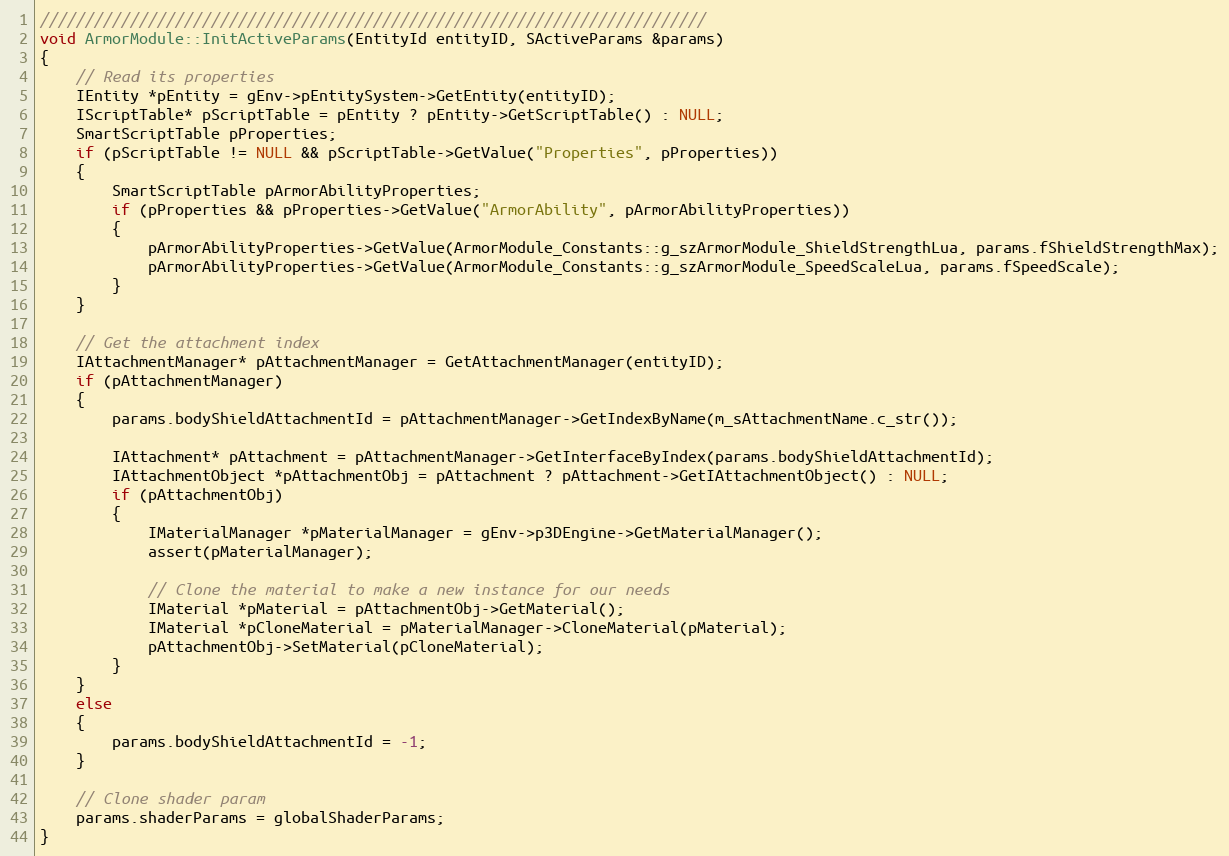
Language: C++
//////////////////////////////////////////////////////////////////////////
void ArmorModule::InitActiveParams(EntityId entityID, SActiveParams &params)
{
	// Read its properties
	IEntity *pEntity = gEnv->pEntitySystem->GetEntity(entityID);
	IScriptTable* pScriptTable = pEntity ? pEntity->GetScriptTable() : NULL;
	SmartScriptTable pProperties;
	if (pScriptTable != NULL && pScriptTable->GetValue("Properties", pProperties))
	{
		SmartScriptTable pArmorAbilityProperties;
		if (pProperties && pProperties->GetValue("ArmorAbility", pArmorAbilityProperties))
		{
			pArmorAbilityProperties->GetValue(ArmorModule_Constants::g_szArmorModule_ShieldStrengthLua, params.fShieldStrengthMax);
			pArmorAbilityProperties->GetValue(ArmorModule_Constants::g_szArmorModule_SpeedScaleLua, params.fSpeedScale);
		}
	}

	// Get the attachment index
	IAttachmentManager* pAttachmentManager = GetAttachmentManager(entityID);
	if (pAttachmentManager)
	{
		params.bodyShieldAttachmentId = pAttachmentManager->GetIndexByName(m_sAttachmentName.c_str());

		IAttachment* pAttachment = pAttachmentManager->GetInterfaceByIndex(params.bodyShieldAttachmentId);
		IAttachmentObject *pAttachmentObj = pAttachment ? pAttachment->GetIAttachmentObject() : NULL;
		if (pAttachmentObj)
		{
			IMaterialManager *pMaterialManager = gEnv->p3DEngine->GetMaterialManager();
			assert(pMaterialManager);

			// Clone the material to make a new instance for our needs
			IMaterial *pMaterial = pAttachmentObj->GetMaterial();
			IMaterial *pCloneMaterial = pMaterialManager->CloneMaterial(pMaterial);
			pAttachmentObj->SetMaterial(pCloneMaterial);
		}
	}
	else
	{
		params.bodyShieldAttachmentId = -1;
	}

	// Clone shader param
	params.shaderParams = globalShaderParams;
}